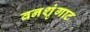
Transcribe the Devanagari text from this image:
वनशृंगाट